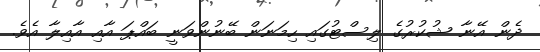
ދެން އޭނާ ޝުކުރުގެ ލިސްޓުގައި ހިމަނަން ބޭނުންވަނީ ބައްޕަ އާއި އާއިލާ އެވެ.